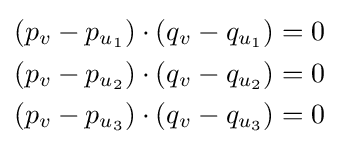
{\begin{aligned}&(p_{v}-p_{u_{1}})\cdot (q_{v}-q_{u_{1}})=0\\&(p_{v}-p_{u_{2}})\cdot (q_{v}-q_{u_{2}})=0\\&(p_{v}-p_{u_{3}})\cdot (q_{v}-q_{u_{3}})=0\end{aligned}}